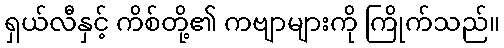
ရှယ်လီနှင့် ကိစ်တို့၏ ကဗျာများကို ကြိုက်သည်။